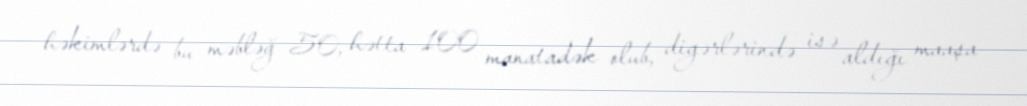
həkimlərdə bu məbləğ 50, hətta 100 manatadək olub, digərlərində isə aldığı maaşa